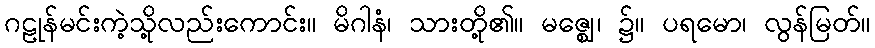
ဂဠုန်မင်းကဲ့သို့လည်းကောင်း။ မိဂါနံ၊ သားတို့၏။ မဇ္ဈေ၊ ၌။ ပရမော၊ လွန်မြတ်။